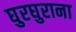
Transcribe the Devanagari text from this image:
घुरघुराना